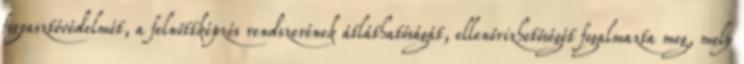
fogyasztóvédelmét, a felnőttképzés rendszerének átláthatóságát, ellenőrizhetőségét fogalmazta meg, mely